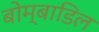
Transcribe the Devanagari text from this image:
बोम्बाडिल